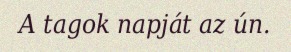
A tagok napját az ún.